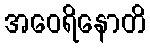
အဝေရိနောတိ